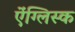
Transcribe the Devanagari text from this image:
ऐंग्लिस्क